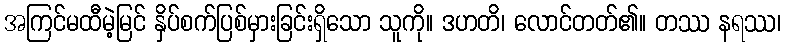
အကြင်မထီမဲ့မြင် နှိပ်စက်ပြစ်မှားခြင်းရှိသော သူကို။ ဒဟတိ၊ လောင်တတ်၏။ တဿ နရဿ၊